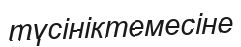
түсініктемесіне